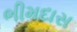
ભીમદાસ